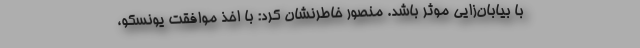
با بیابان‌زایی موثر باشد. منصور خاطرنشان کرد: با اخذ موافقت یونسکو،